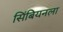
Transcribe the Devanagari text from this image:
सिंबियनला